Vaccine operations Central Provinces 1868-1885 - 1868-1885
Year: 1868
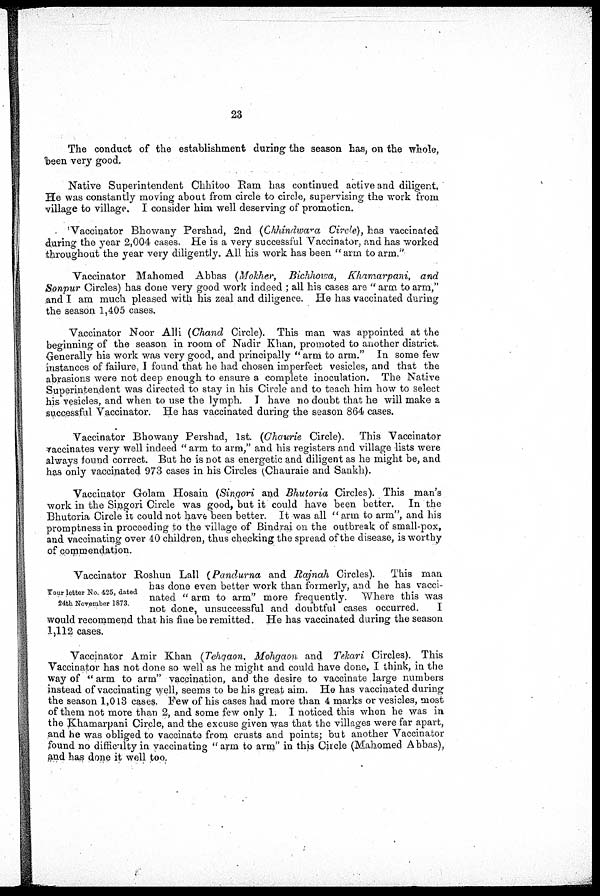
23
The conduct of the establishment during the season has, on the whole,
been very good.
Native Superintendent Chhitoo Ram has continued active and diligent.
He was constantly moving about from circle to circle, supervising the work from
village to village. I consider him well deserving of promotion.
Vaccinator Bhowany Pershad, 2nd (Chhindwara Circle), has vaccinated
during the year 2,004 cases. He is a very successful Vaccinator, and has worked
throughout the year very diligently. All his work has been " arm to arm."
Vaccinator Mahomed Abbas (Mokher, Bichhowa, Khamarpani, and
Sonpur Circles) has done very good work indeed ; all his cases are " arm to arm,"
and I am much pleased with his zeal and diligence. He has vaccinated during
the season 1,405 cases.
Vaccinator Noor Alli (Chand Circle). This man was appointed at the
beginning of the season in room of Nadir Khan, promoted to another district.
Generally his work was very good, and principally " arm to arm." In some few
instances of failure, I found that he had chosen imperfect vesicles, and that the
abrasions were not deep enough to ensure a complete inoculation. The Native
Superintendent was directed to stay in his Circle and to teach him how to select
his vesicles, and when to use the lymph. I have no doubt that he will make a
successful Vaccinator. He has vaccinated during the season 864 cases.
Vaccinator Bhowany Pershad, 1st. (Ghaurie Circle). This Vaccinator
vaccinates very well indeed " arm to arm," and his registers and village lists were
always found correct. But he is not as energetic and diligent as he might be, and
has only vaccinated 973 cases in his Circles (Chauraie and Sankh).
Vaccinator Golam Hosain (Singori and Bhutoria Circles). This man's
work in the Singori Circle was good, but it could have been better. In the
Bhutoria Circle it could not have been better. It was all " arm to arm", and his
promptness in proceeding to the village of Bindrai on the outbreak of small-pox,
and vaccinating over 40 children, thus checking the spread of the disease, is worthy
of commendation.
Your letter No. 425, dated
24th November 1873.
Vaccinator Roshun Lall (Pandurna and Rajnah Circles). This man
has done even better work than formerly, and he has vacci-
nated " arm to arm" more frequently. Where this was
not done, unsuccessful and doubtful cases occurred.
I
would recommend that his fine be remitted. He has vaccinated during the season
1,112 cases.
Vaccinator Amir Khan (Tehgaon, Mohgaon and Tekari Circles). This
Vaccinator has not done so well as he might and could have done, I think, in the
way of " arm to arm" vaccination, and the desire to vaccinate large numbers
instead of vaccinating well, seems to be his great aim. He has vaccinated during
the season 1,013 cases. Few of his cases had more than 4 marks or vesicles, most
of them not more than 2, and some few only 1. I noticed this when he was in
the Khamarpani Circle, and the excuse given was that the villages were far apart,
and he was obliged to vaccinate from crusts and points; but another Vaccinator
found no difficulty in vaccinating "arm to arm" in this Circle (Mahomed Abbas),
and has done it well too.